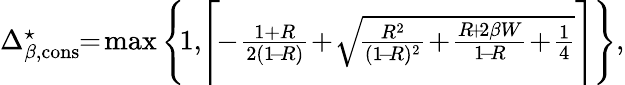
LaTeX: \begin{array}{r}{\Delta_{\beta,\mathrm{cons}}^{\star}\! \! =\! \operatorname*{max}\Bigg\{ \! 1,\! \Bigg\lceil\! \! -\! \frac{1+R}{2(1\! -\! R)}\! +\! \sqrt{\! \frac{R^{2}}{(1\! -\! R)^{2}}\! +\! \frac{R\! +\! 2\beta W}{1\! -\! R}\! +\! \frac{1}{4}}\Bigg\rceil\Bigg\} ,}\end{array}